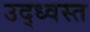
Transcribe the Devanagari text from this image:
उद्‌ध्‍वस्त